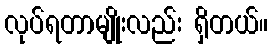
လုပ်ရတာမျိုးလည်း ရှိတယ်။